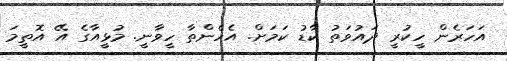
އަހަރެން ހީކުރީ ދައުވަތު ކާޑު ކަމަށް. އެހެންތާ ހީވާނީ. މުޅީއާގެ އޭ އޮތީމަ